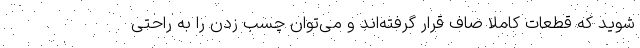
شوید که قطعات کاملاً صاف قرار گرفته‌اند و می‌توان چسب زدن را به راحتی